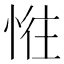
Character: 𢛛